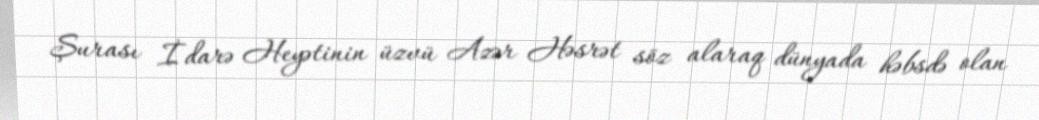
Şurası İdarə Heyətinin üzvü Azər Həsrət söz alaraq dünyada həbsdə olan